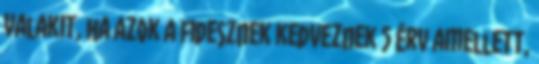
valakit, ha azok a Fidesznek kedveznek 5 érv amellett,